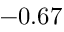
- 0 . 6 7